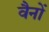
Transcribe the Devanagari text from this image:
वैनों